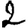
Digit: 2